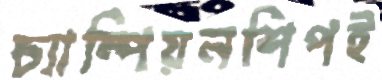
চ্যাম্পিয়নশিপই